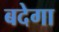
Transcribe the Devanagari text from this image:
बदेगा